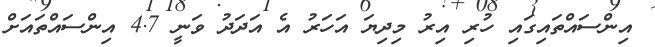
އިންސައްތައިގައި ހުރި އިރު މިދިޔަ އަހަރު އެ އަދަދު ވަނީ 4.7 އިންސައްތައަށް